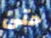
حتى